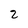
Character: 2